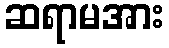
ဆရာမအား